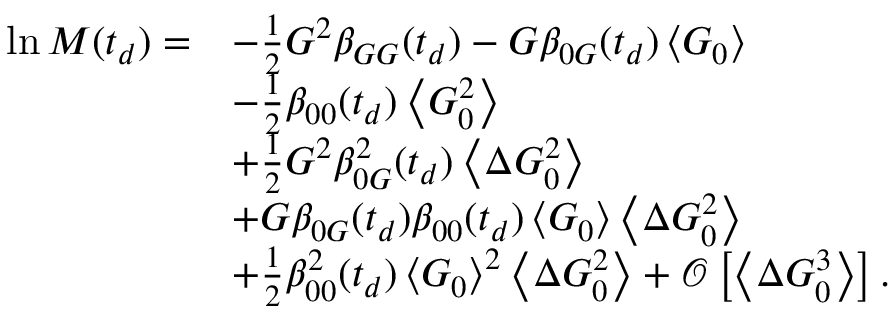
\begin{array} { r l } { \ln M ( t _ { d } ) = } & { - \frac { 1 } { 2 } G ^ { 2 } \beta _ { G G } ( t _ { d } ) - G \beta _ { 0 G } ( t _ { d } ) \left\langle G _ { 0 } \right\rangle } \\ & { - \frac { 1 } { 2 } \beta _ { 0 0 } ( t _ { d } ) \left\langle G _ { 0 } ^ { 2 } \right\rangle } \\ & { + \frac { 1 } { 2 } G ^ { 2 } \beta _ { 0 G } ^ { 2 } ( t _ { d } ) \left\langle \Delta G _ { 0 } ^ { 2 } \right\rangle } \\ & { + G \beta _ { 0 G } ( t _ { d } ) \beta _ { 0 0 } ( t _ { d } ) \left\langle G _ { 0 } \right\rangle \left\langle \Delta G _ { 0 } ^ { 2 } \right\rangle } \\ & { + \frac { 1 } { 2 } \beta _ { 0 0 } ^ { 2 } ( t _ { d } ) \left\langle G _ { 0 } \right\rangle ^ { 2 } \left\langle \Delta G _ { 0 } ^ { 2 } \right\rangle + \mathcal { O } \left[ \left\langle \Delta G _ { 0 } ^ { 3 } \right\rangle \right] . } \end{array}